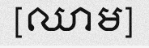
[ឈាម]